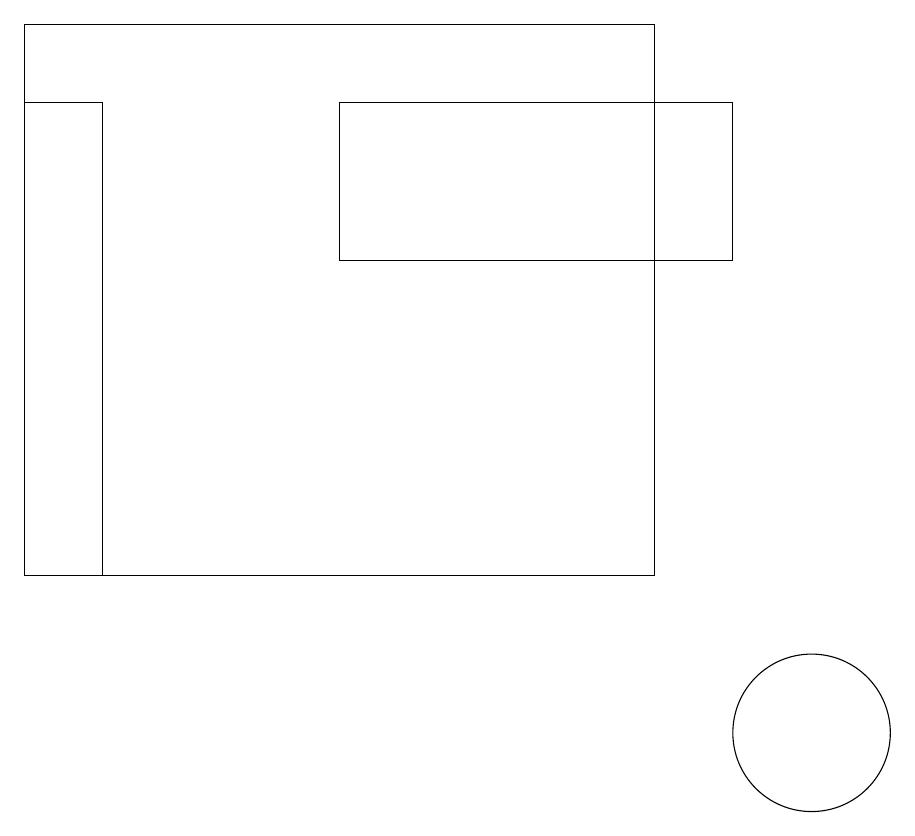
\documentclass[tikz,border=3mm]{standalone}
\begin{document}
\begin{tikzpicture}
\draw (0,18) rectangle (1,12);
\draw (9,18) rectangle (4,16);
\draw (10,10) circle (1);
\draw (0,19) rectangle (8,12);
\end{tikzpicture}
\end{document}